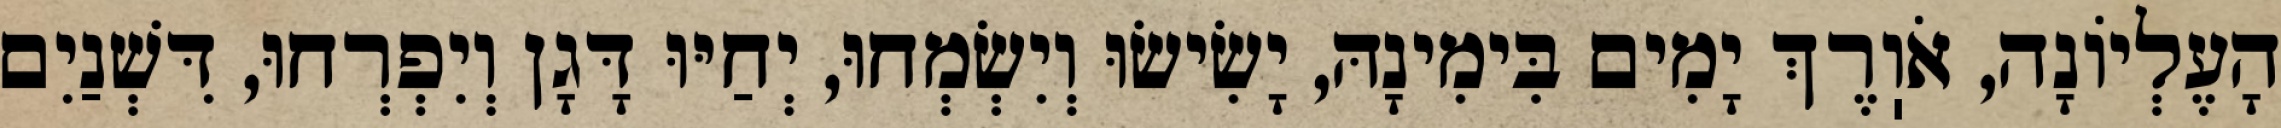
הָעֶלְיוֹנָה, אֹוֽרֶךְ יָמִים בִּימִינָהּ, יָשִׂישׂוּ וְיִשְׂמְחוּ, יְחַיּוּ דָּגָן וְיִפְרְחוּ, דִּשְׁנַיִם